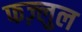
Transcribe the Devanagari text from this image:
फज़्लुल